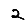
Digit: 2